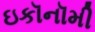
ઇકૉનૉમી